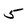
Character: 5